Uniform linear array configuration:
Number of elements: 64
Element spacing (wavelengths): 1
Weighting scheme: blackman
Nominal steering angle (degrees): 45
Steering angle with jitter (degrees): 46.744
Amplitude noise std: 0.05
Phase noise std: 0.05

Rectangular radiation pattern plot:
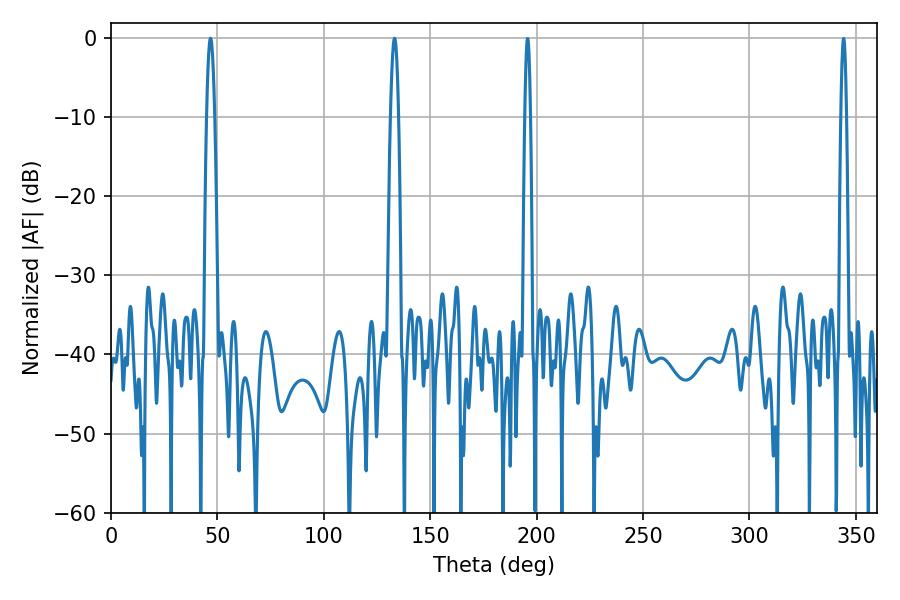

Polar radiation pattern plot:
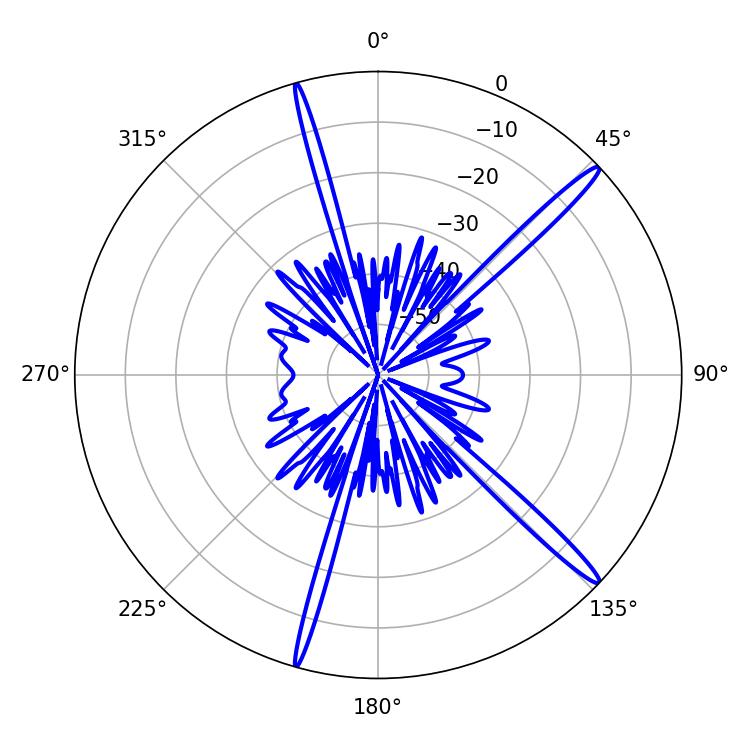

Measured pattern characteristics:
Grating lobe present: TRUE
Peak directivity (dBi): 16.69
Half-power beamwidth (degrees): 1.98
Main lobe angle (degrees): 133.2